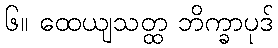
၆။ ထေယျသတ္ထ ဘိက္ခာပုဒ်